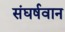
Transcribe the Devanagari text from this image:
संघर्षवान